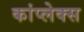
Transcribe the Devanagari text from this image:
कांप्लेक्स